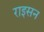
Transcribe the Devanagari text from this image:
राइसन